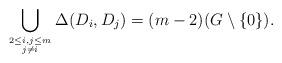
LaTeX: \begin{align*} \bigcup\limits_{2\leq i,j\leq m\atop j\neq i}\Delta(D_i,D_j)=(m-2)(G\setminus \{0\}).\end{align*}